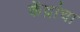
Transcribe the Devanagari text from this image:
केंद्रांचा